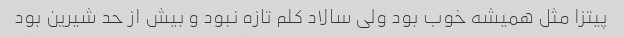
پیتزا مثل همیشه خوب بود ولی سالاد کلم تازه نبود و بیش از حد شیرین بود